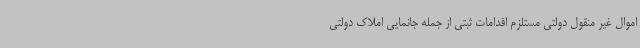
اموال غیر منقول دولتی مستلزم اقدامات ثبتی از جمله جانمایی املاک دولتی